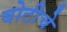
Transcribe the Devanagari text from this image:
बोटीचे